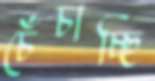
চেঁচাচ্ছি